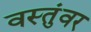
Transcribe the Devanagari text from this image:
वस्तुंवर